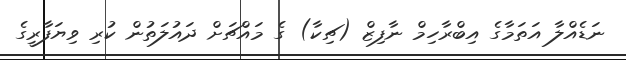
ނަޑެއްލާ އަތަމާގެ އިބްރާހިމް ނާފިޒް (ޗިކާ) ގެ މައްޗަށް ދައުލަތުން ކުރި ވިޔަފާރީގެ